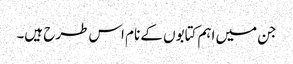
جن میں اہم کتابوں کے نام اس طرح ہیں۔